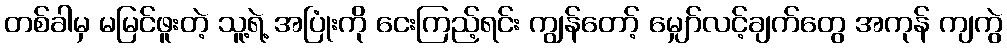
တစ်ခါမှ မမြင်ဖူးတဲ့ သူ့ရဲ့ အပြုံးကို ငေးကြည့်ရင်း ကျွန်တော့် မျှော်လင့်ချက်တွေ အကုန် ကျကွဲ